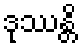
ဒုဿန္တိ